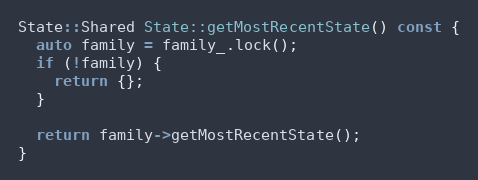
Language: C++
State::Shared State::getMostRecentState() const {
  auto family = family_.lock();
  if (!family) {
    return {};
  }

  return family->getMostRecentState();
}